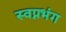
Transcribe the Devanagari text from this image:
स्वप्नभंग